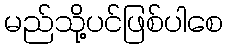
မည်သို့ပင်ဖြစ်ပါစေ